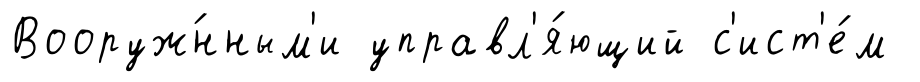
Вооруж́нным'и управл'я́ющий с'ист'е́м